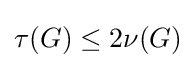
\tau (G)\leq 2\nu (G)